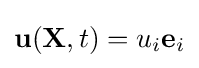
\mathbf {u} (\mathbf {X} ,t)=u_{i}\mathbf {e} _{i}